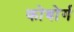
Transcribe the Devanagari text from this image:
कोबोर्ग